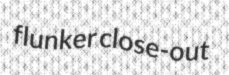
flunker close-out